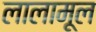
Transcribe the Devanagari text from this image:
लालामूल